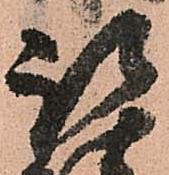
被